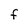
Character: F